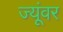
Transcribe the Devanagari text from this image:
ज्यूंवर